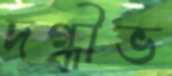
দগ্ধীভ